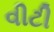
વીટી